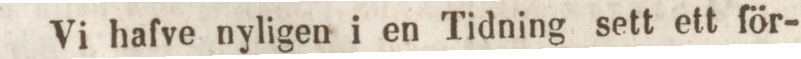
Vi hafve nyligen i en Tidning sett ett för-